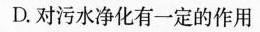
D.对污水净化有一定的作用